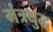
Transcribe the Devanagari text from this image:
मंत्रयुद्ध